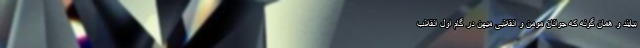
بیایند و همان گونه که جوانان مومن و انقلابی میهن در گام اول انقلاب